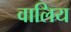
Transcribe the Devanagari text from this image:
वालिय